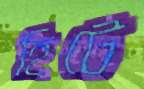
হিটে